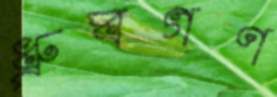
ধ্রুবগণ